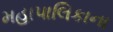
મહાપાલિકાના